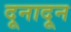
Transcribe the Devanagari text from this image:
दूनादून